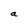
Character: a